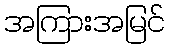
အကြားအမြင်